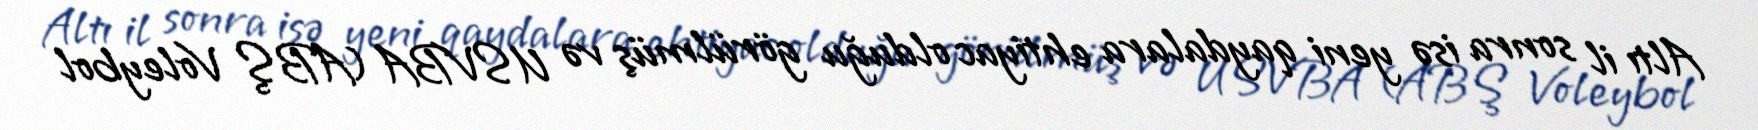
Altı il sonra isə yeni qaydalara ehtiyac olduğu görülmüş və USVBA (ABŞ Voleybol